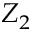
Z _ { 2 }